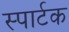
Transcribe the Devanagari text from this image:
स्पार्टक